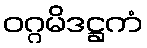
ဝဂ္ဂမိဒဋ္ဌကံ